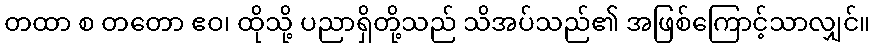
တထာ စ တတော ဧဝ၊ ထိုသို့ ပညာရှိတို့သည် သိအပ်သည်၏ အဖြစ်ကြောင့်သာလျှင်။